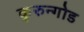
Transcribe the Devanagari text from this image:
कुरुन्गोड